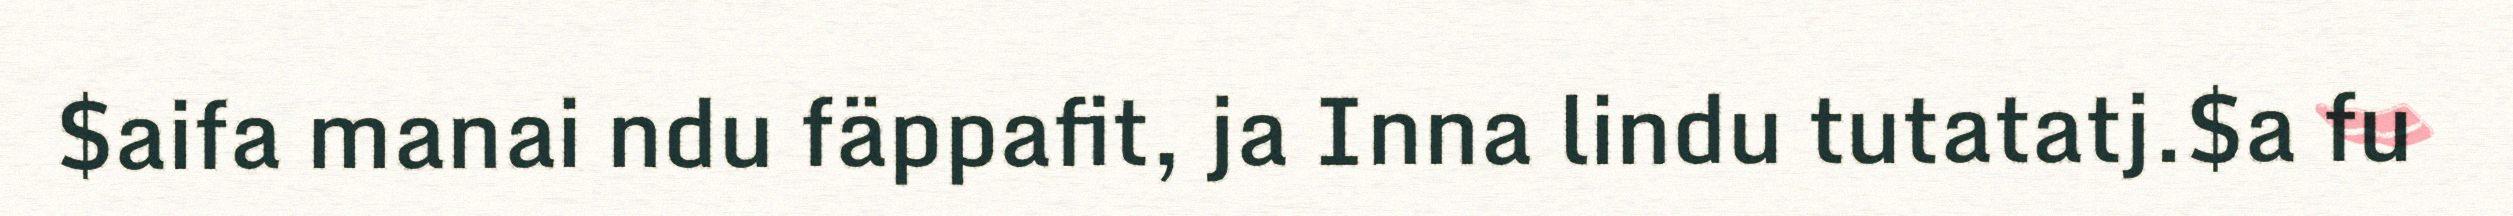
$aifa manai ndu fäppafit, ja Inna lindu tutatatj.$a fu